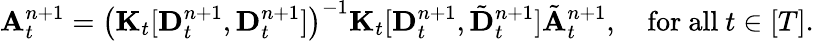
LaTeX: \begin{array}{r}{{\mathbf A}_{t}^{n+1}=\left({\mathbf K}_{t}[{\mathbf D}_{t}^{n+1},{\mathbf D}_{t}^{n+1}]\right)^{-1}{\mathbf K}_{t}[{\mathbf D}_{t}^{n+1},\tilde{{\mathbf D}}_{t}^{n+1}]\tilde{{\mathbf A}}_{t}^{n+1},\quad\mathrm{for~all~}t\in[T].}\end{array}